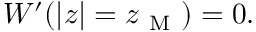
W ^ { \prime } ( | z | = z _ { \mathrm { ~ M ~ } } ) = 0 .